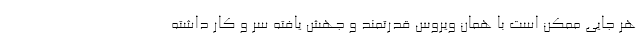
هر جایی ممکن است با همان ویروس قدرتمند و جهش یافته سر و کار داشته